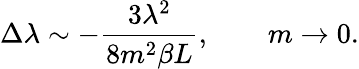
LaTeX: \Delta\lambda\sim-\frac{3\lambda^{2}}{8m^{2}\beta L},\qquad m\rightarrow 0.